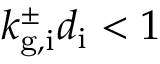
k _ { \mathrm { g , i } } ^ { \pm } d _ { \mathrm { i } } < 1